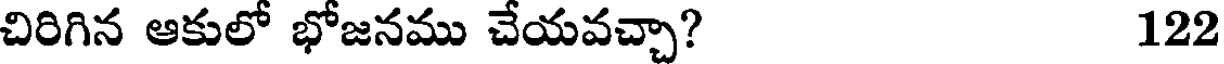
చిరిగిన ఆకులో భోజనము చేయవచ్చా? 122